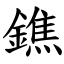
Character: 鐎